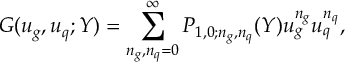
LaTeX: G ( u _ { g } , u _ { q } ; Y ) = \sum _ { n _ { g } , n _ { q } = 0 } ^ { \infty } P _ { 1 , 0 ; n _ { g } , n _ { q } } ( Y ) u _ { g } ^ { n _ { g } } u _ { q } ^ { n _ { q } } ,